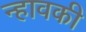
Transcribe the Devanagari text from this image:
न्हावकी